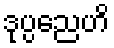
ဒုပ္ပညေဟိ